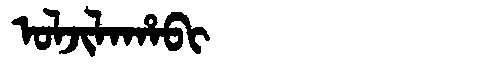
Manchu: ᠣᠯᠵᡳᠯᠠᡥᠠᠪᡳ
Romanization: OLJILAHABI